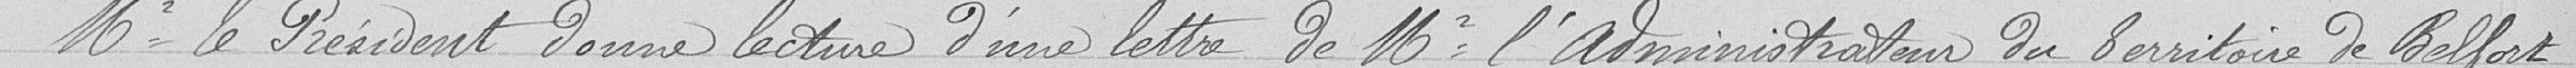
Mr le Président donne lecture d'une lettre de Mr l'administrateur du Territoire de Belfort